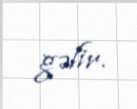
gəlir.